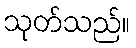
သုတ်သည်။